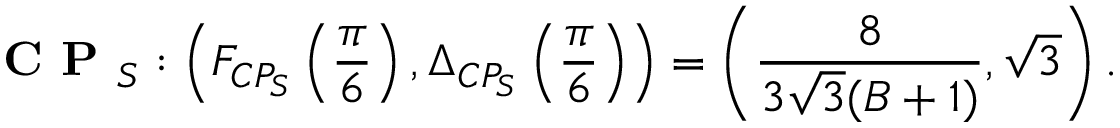
\textbf { C P } _ { S } : \left( F _ { C P _ { S } } \left( \frac { \pi } { 6 } \right) , \Delta _ { C P _ { S } } \left( \frac { \pi } { 6 } \right) \right) = \left( \frac { 8 } { 3 \sqrt { 3 } ( B + 1 ) } , \sqrt { 3 } \right) .